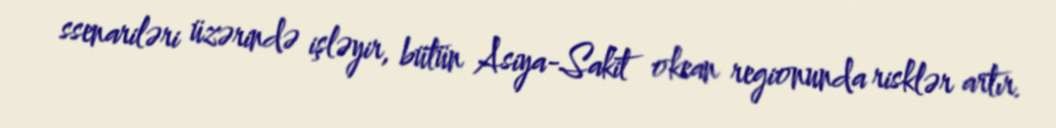
ssenariləri üzərində işləyir, bütün Asiya-Sakit okean regionunda risklər artır.